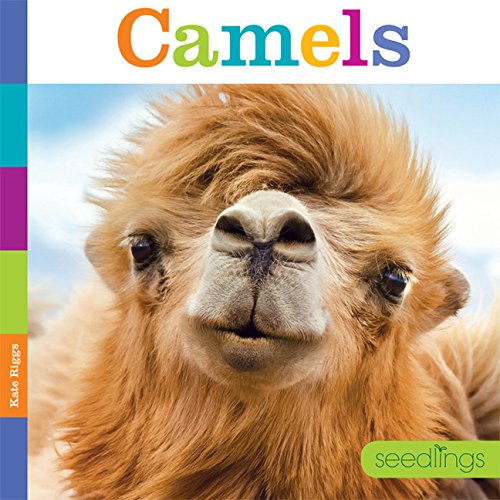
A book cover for Seedlings: Camels; Kate Riggs; Children's Books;